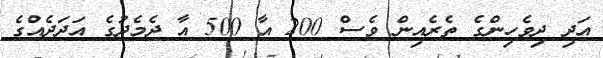
އަދި ދިވެހިންގެ ތެރެއިން ވެސް 200 އާ 500 އާ ދެމެދުގެ އަދަދެއްގެ